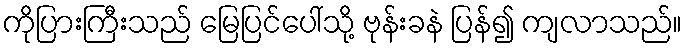
ကိုပြားကြီးသည် မြေပြင်ပေါ်သို့ ဗုန်းခနဲ ပြန်၍ ကျလာသည်။